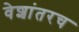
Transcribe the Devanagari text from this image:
वेशांतरच